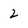
Character: 2